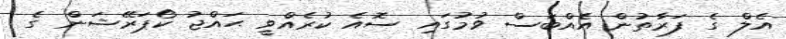
އެލް ގެ ފަރާތުން އެއްބަސް ވުމުގައި ސޮއެ ކުރެއްވީ ޙައްޖު ކޯޕަރޭޝަން ގެ